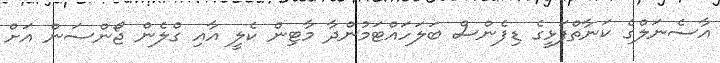
އާސެނަލްގެ ކަނާތްފަޅީގެ ޑިފެންސް ބަލަހައްޓަމުންދާ މާޓިން ކެލީ އާއި ގްލެން ޖޯންސަން އަށް